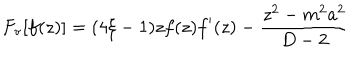
LaTeX: F _ { \mathrm { v } } [ f ( z ) ] = ( 4 \xi - 1 ) z f ( z ) f ^ { \prime } ( z ) - \frac { z ^ { 2 } - m ^ { 2 } a ^ { 2 } } { D - 2 }